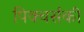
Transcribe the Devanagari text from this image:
पिक्चर्सकी